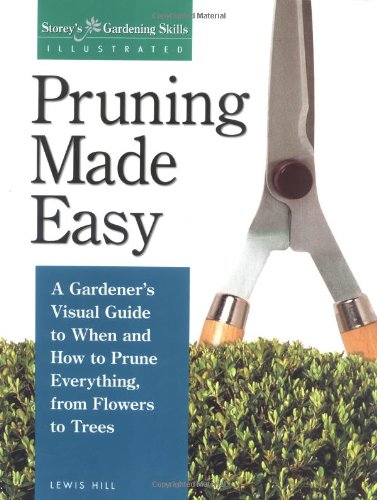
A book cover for Pruning Made Easy: A Gardener's Visual Guide to When and How to Prune Everything, from Flowers to Trees (Storey's Gardening Skills Illustrated Series); Lewis Hill; Crafts, Hobbies & Home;